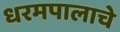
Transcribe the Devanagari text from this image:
धरमपालाचे